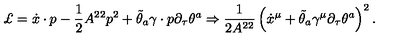
\pounds = \dot { x } \cdot p - \frac { 1 } { 2 } A ^ { 2 2 } p ^ { 2 } + \tilde { \theta } _ { a } \gamma \cdot { p } \partial _ { \tau } \theta ^ { a } \Rightarrow \frac { 1 } { 2 A ^ { 2 2 } } \left( \dot { x } ^ { \mu } + \tilde { \theta } _ { a } \gamma ^ { \mu } \partial _ { \tau } \theta ^ { a } \right) ^ { 2 } .